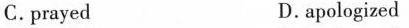
C. prayed D. apologized